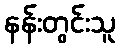
နန်းတွင်းသူ